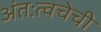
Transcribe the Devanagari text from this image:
अंतःत्वचेची